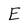
Character: E